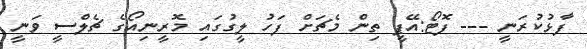
ފާޅުކުރަނީ --- ފޮޓޯ:އޭޕީ ތިން މެޗަށް ފަހު ލީގުގައި މޮރީނިއޯގެ ޗެލްސީ ވަނީ